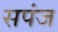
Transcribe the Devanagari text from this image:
सपंज